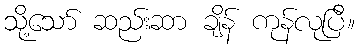
သို့သော် ဆည်းဆာ ချိန် ကုန်လုပြီ။